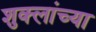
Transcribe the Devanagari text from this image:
शुक्लांच्या